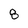
Character: 8